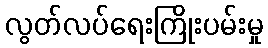
လွတ်လပ်ရေးကြိုးပမ်းမှု